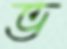
ভ